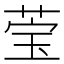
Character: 𬝄